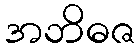
အဘိဓဇ